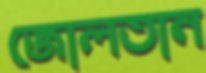
জোলতান